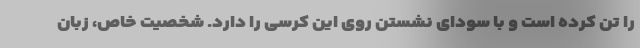
را تن کرده است و با سودای نشستن روی این کرسی را دارد. شخصیت خاص، زبان